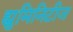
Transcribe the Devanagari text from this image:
ह्युमिनिटीज